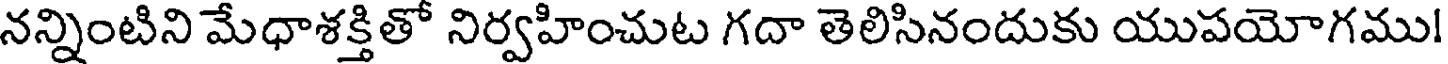
నన్నింటిని మేధాశక్తితో నిర్వహించుట గదా తెలిసినందుకు యుపయోగము!